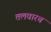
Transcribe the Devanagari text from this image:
तलवारच